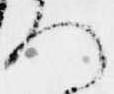
ろ